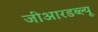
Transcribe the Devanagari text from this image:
जीआरडब्ल्यू